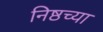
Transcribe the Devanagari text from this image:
निष्ठच्या